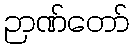
ဉာဏ်တော်